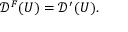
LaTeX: { \mathcal { D } } ^ { F } ( U ) = { \mathcal { D } } ^ { \prime } ( U ) .